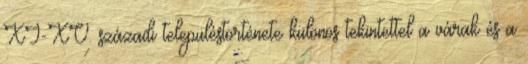
XI-XV. századi településtörténete különös tekintettel a várak és a